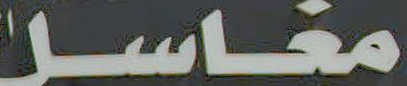
مناسر